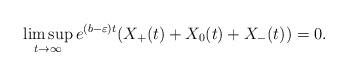
LaTeX: \begin{align*}\limsup_{t\to\infty} e^{(b-\varepsilon)t}(X_+(t) + X_0(t) + X_-(t))=0.\end{align*}